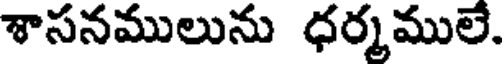
శాసనములును ధర్మములే.